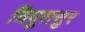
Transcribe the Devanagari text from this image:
त्रिपूरासुर